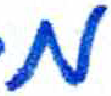
אות: מ